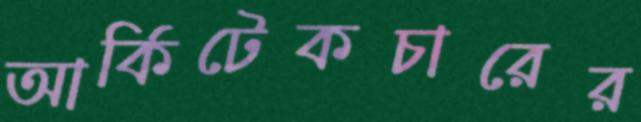
আর্কিটেকচারের